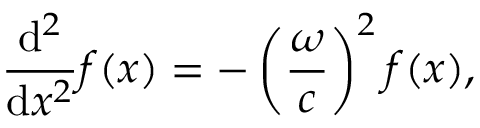
{ \frac { \mathrm { d } ^ { 2 } } { \mathrm { d } x ^ { 2 } } } f ( x ) = - \left( { \frac { \omega } { c } } \right) ^ { 2 } f ( x ) ,